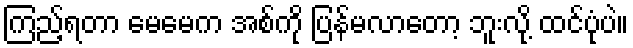
ကြည့်ရတာ မေမေက အစ်ကို ပြန်မလာတော့ ဘူးလို့ ထင်ပုံပဲ။